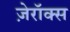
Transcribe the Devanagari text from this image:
ज़ेरॉक्स